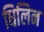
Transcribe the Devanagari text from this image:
धिलिन